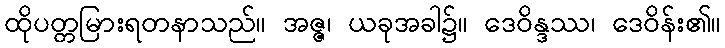
ထိုပတ္တမြားရတနာသည်။ အဇ္ဇ၊ ယခုအခါ၌။ ဒေဝိန္ဒဿ၊ ဒေဝိန်း၏။